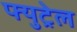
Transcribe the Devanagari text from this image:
फ्युट्रेल